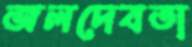
জলদেবতা